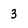
Character: 3